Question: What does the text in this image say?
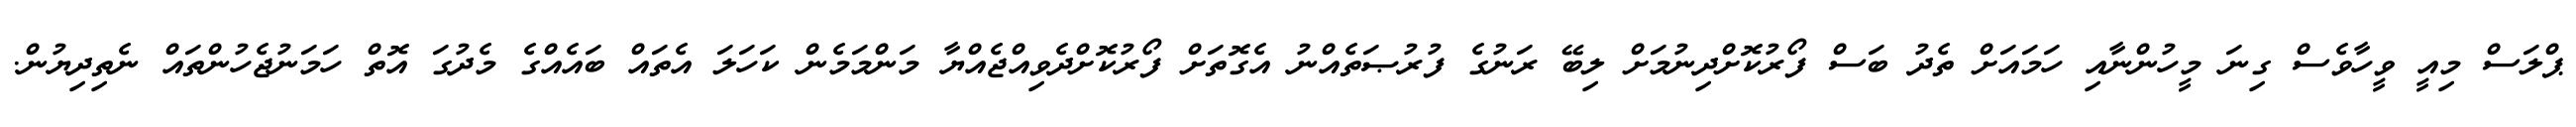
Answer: ޕްލަސް މިއީ ވީހާވެސް ގިނަ މީހުންނާއި ހަމައަށް ތެދު ބަސް ފޯރުކޮށްދިނުމަށް ލިބޭ ރަނުގެ ފުރުޞަތެއްނު އެގޮތަށް ފޯރުކޮށްދެވިއްޖެއްޔާ މަންމަމެން ކަހަލަ އެތައް ބައެއްގެ މެދުގަ އޮތް ހަމަނުޖެހުންތައް ނެތިދިޔުން.